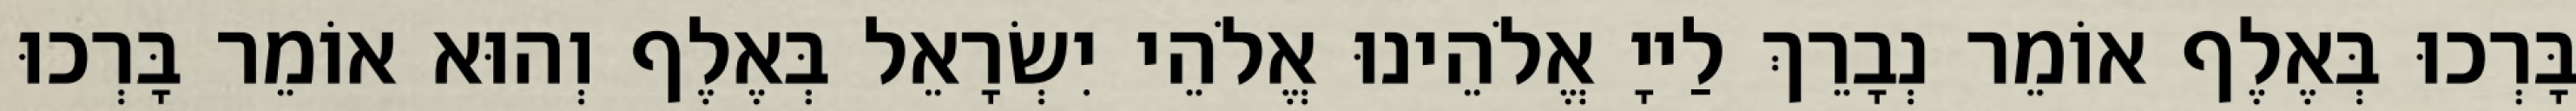
בָּרְכוּ בְּאֶלֶף אוֹמֵר נְבָרֵךְ לַייָ אֱלֹהֵינוּ אֱלֹהֵי יִשְׂרָאֵל בְּאֶלֶף וְהוּא אוֹמֵר בָּרְכוּ